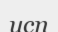
исп